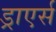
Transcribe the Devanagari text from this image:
ड्राएर्स